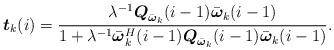
LaTeX: \begin{align*}\boldsymbol t_k(i)=\frac{\lambda^{-1}\boldsymbol Q_{\bar{\boldsymbol\omega}_k}(i-1)\bar{\boldsymbol\omega}_k(i-1)}{1+\lambda^{-1}\bar{\boldsymbol\omega}_k^H(i-1)\boldsymbol Q_{\bar{\boldsymbol\omega}_k}(i-1)\bar{\boldsymbol\omega}_k(i-1)}.\end{align*}